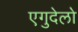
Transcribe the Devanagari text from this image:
एगुदेलो